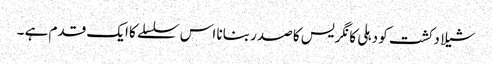
شیلا دکشت کو دہلی کانگریس کا صدر بنانا اس سلسلے کا ایک قدم ہے ۔